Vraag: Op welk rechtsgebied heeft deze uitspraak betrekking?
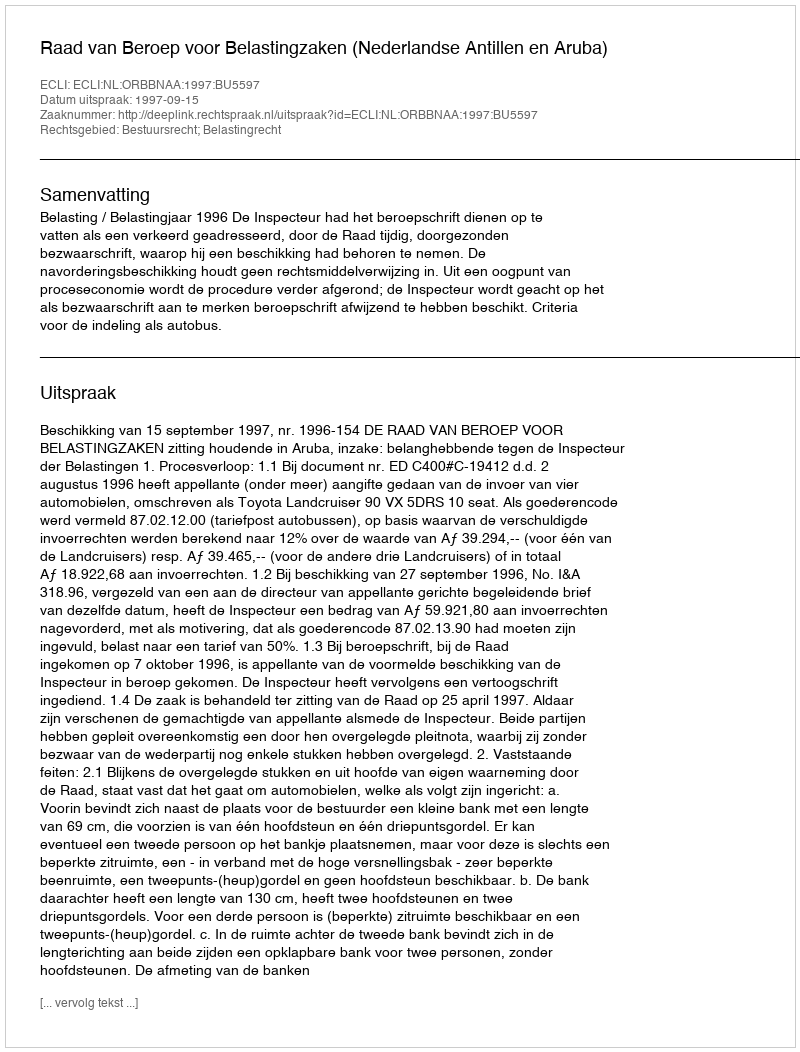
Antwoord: Bestuursrecht; Belastingrecht